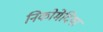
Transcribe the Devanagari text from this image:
निकोमेदिया